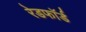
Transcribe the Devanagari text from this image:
रेडफाॅर्ड